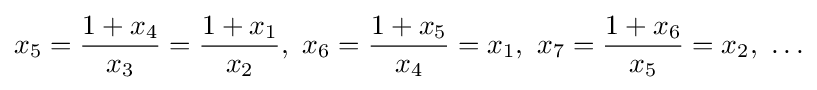
x_{5}={\frac {1+x_{4}}{x_{3}}}={\frac {1+x_{1}}{x_{2}}},\ x_{6}={\frac {1+x_{5}}{x_{4}}}=x_{1},\ x_{7}={\frac {1+x_{6}}{x_{5}}}=x_{2},\ \ldots